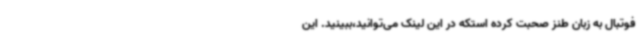
فوتبال به زبان طنز صحبت کرده استکه در این لینک می‌توانید،ببینید. این